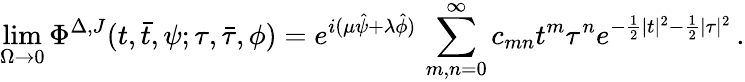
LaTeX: \operatorname*{lim}_{\Omega\to 0}\Phi^{\Delta,J}(t,\bar{t},\psi;\tau,\bar{\tau},\phi)=e^{i(\mu\hat{\psi}+\lambda\hat{\phi})}\, \sum_{m,n=0}^{\infty}c_{mn}t^{m}\tau^{n}e^{-\frac{1}{2}|t|^{2}-\frac{1}{2}|\tau|^{2}}\, .